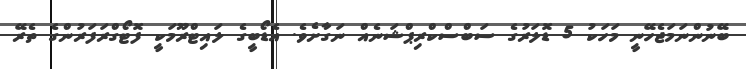
ބޭނުންނަމަޖެހޭނީ މަހަކު 5 ޑޮލަރުގެ ސަބްސްކްރިޕްޝަނެއް ނަގާށެވެ. އެޑޯބީގެ ލައިޓްރޫމަކީ ފޮޓޯގްރަފަރުންގެ ތެރޭ